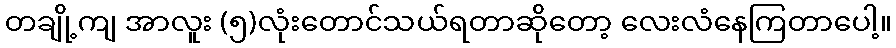
တချို့ကျ အာလူး (၅)လုံးတောင်သယ်ရတာဆိုတော့ လေးလံနေကြတာပေါ့။